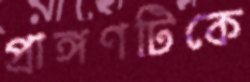
প্রাঙ্গণটিকে